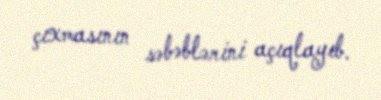
çıxmasının səbəblərini açıqlayıb.